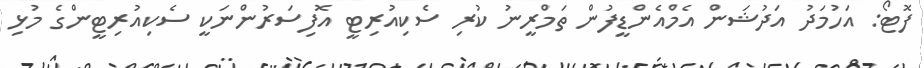
ފޮޓޯ: އަހުމަދު އަދުޝަން އެމްއެންޑީފުން ތަމްރީނު ކުރި ސެކިއުރިޓީ އޮފިސަރުންނަކީ ސެކިއުރިޓީންގެ މުޅި